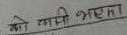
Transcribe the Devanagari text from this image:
को साथी भएका